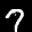
Label: 7